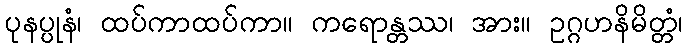
ပုနပ္ပုနံ၊ ထပ်ကာထပ်ကာ။ ကရောန္တဿ၊ အား။ ဥဂ္ဂဟနိမိတ္တံ၊